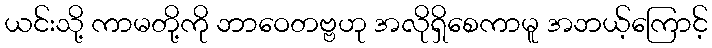
ယင်းသို့ ကာမတို့ကို ဘာဝေတဗ္ဗဟု အလိုရှိစေကာမူ အဘယ့်ကြောင့်